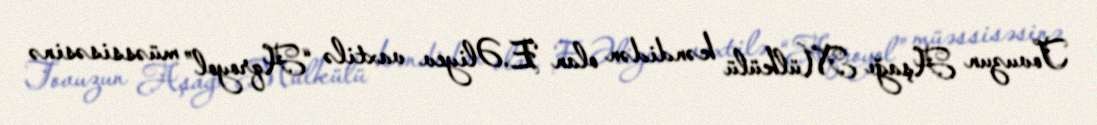
Tovuzun Aşağı Mülkülü kəndidən olan E.Əliyev vaxtilə “Aqroyol” müəssisəsinə